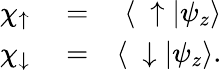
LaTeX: \begin{array}{rlr}{\chi_{\uparrow}}&{{}=}&{\langle\ \uparrow|\psi_{z}\rangle}\\ {\chi_{\downarrow}}&{{}=}&{\langle\ \downarrow|\psi_{z}\rangle.}\end{array}